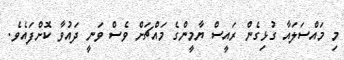
މި މައްސަލައާ ގުޅިގެން ރައީސް ޔާމީންގެ މައްޗަށް ވެސް ވަނީ ދައުވާ ކޮށްފައެވެ.